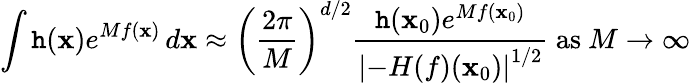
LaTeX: \int\mathtt{h}(\mathbf{{x}})e^{Mf(\mathbf{{x}})}\, d\mathbf{{x}}\approx\left({\frac{{2\pi}}{{M}}}\right)^{d/2}{\frac{{\mathtt{h}(\mathbf{{x}}_{0})e^{Mf(\mathbf{{x}}_{0})}}}{{\left|-H(f)(\mathbf{{x}}_{0})\right|^{1/2}}}}{\mathrm{{~as~}}}M\to\infty